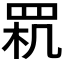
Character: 𦊵